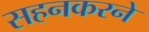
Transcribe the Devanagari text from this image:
सहनकरने